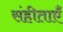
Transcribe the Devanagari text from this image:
संहीताएँ